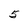
Character: 5